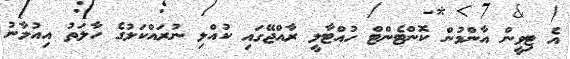
އެ ޓިވީން އާންމުން ކޮންޓެންޓް ހުއްޓާލީ ރާއްޖޭގައި ކުއްލި ނުރައްކަލުގެ ހާލަތު އިއުލާނު